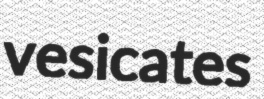
vesicates